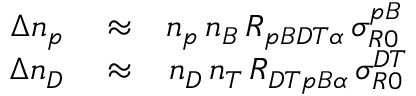
\begin{array} { r l r } { \Delta n _ { p } } & { { } \approx } & { n _ { p } \, n _ { B } \, { \cal R } _ { p B D T \alpha } \, \sigma _ { R 0 } ^ { p B } \, } \\ { \Delta n _ { D } } & { { } \approx } & { n _ { D } \, n _ { T } \, { \cal R } _ { D T p B \alpha } \, \sigma _ { R 0 } ^ { D T } } \end{array}